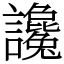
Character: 讒